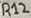
Text: R12